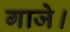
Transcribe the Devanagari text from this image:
गाजे।